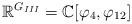
LaTeX: \begin{align*}\mathbb{R}^{G_{III}} = \mathbb{C}[\varphi_4, \varphi_{12}]\end{align*}